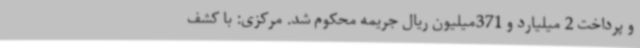
و پرداخت 2 میلیارد و 371میلیون ریال جریمه محکوم شد. مرکزی: با کشف